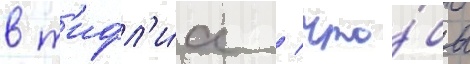
в т'ифл'и́с / что́бы